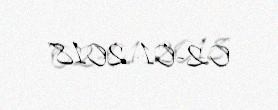
02-01-2018